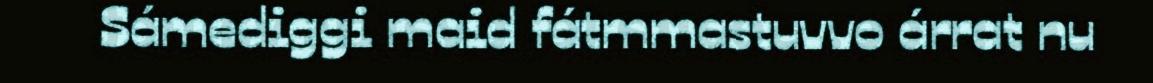
Sámediggi maid fátmmastuvvo árrat nu